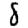
Digit: 8